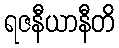
ရဇနီယာနီတိ